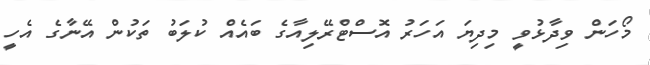
މޯހަން ވިދާޅުވީ މިދިޔަ އަހަރު އޮސްޓްރޭލިއާގެ ބައެއް ކުލަބު ތަކުން އޭނާގެ އެހީ